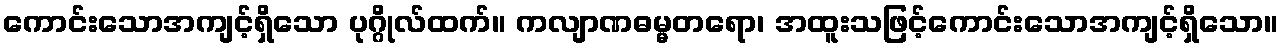
ကောင်းသောအကျင့်ရှိသော ပုဂ္ဂိုလ်ထက်။ ကလျာဏဓမ္မတရော၊ အထူးသဖြင့်ကောင်းသောအကျင့်ရှိသော။